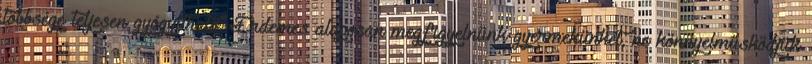
többsége teljesen gyógyítható. Érdemes alaposan megfigyelnünk gyermekünket, ne könnyelműsködjük